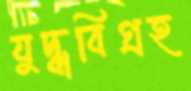
যুদ্ধবিগ্রহ